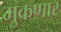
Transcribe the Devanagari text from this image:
मुकणार